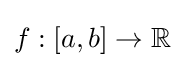
f:\left[a,b\right]\rightarrow \mathbb {R}